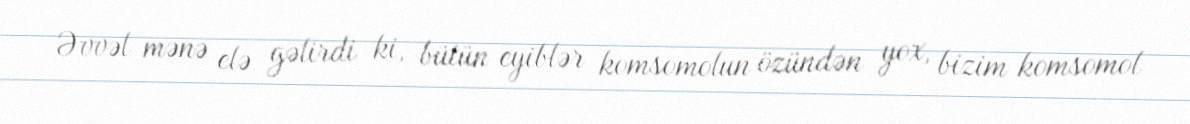
Əvvəl mənə elə gəlirdi ki, bütün eyiblər komsomolun özündən yox, bizim komsomol